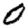
Digit: 0